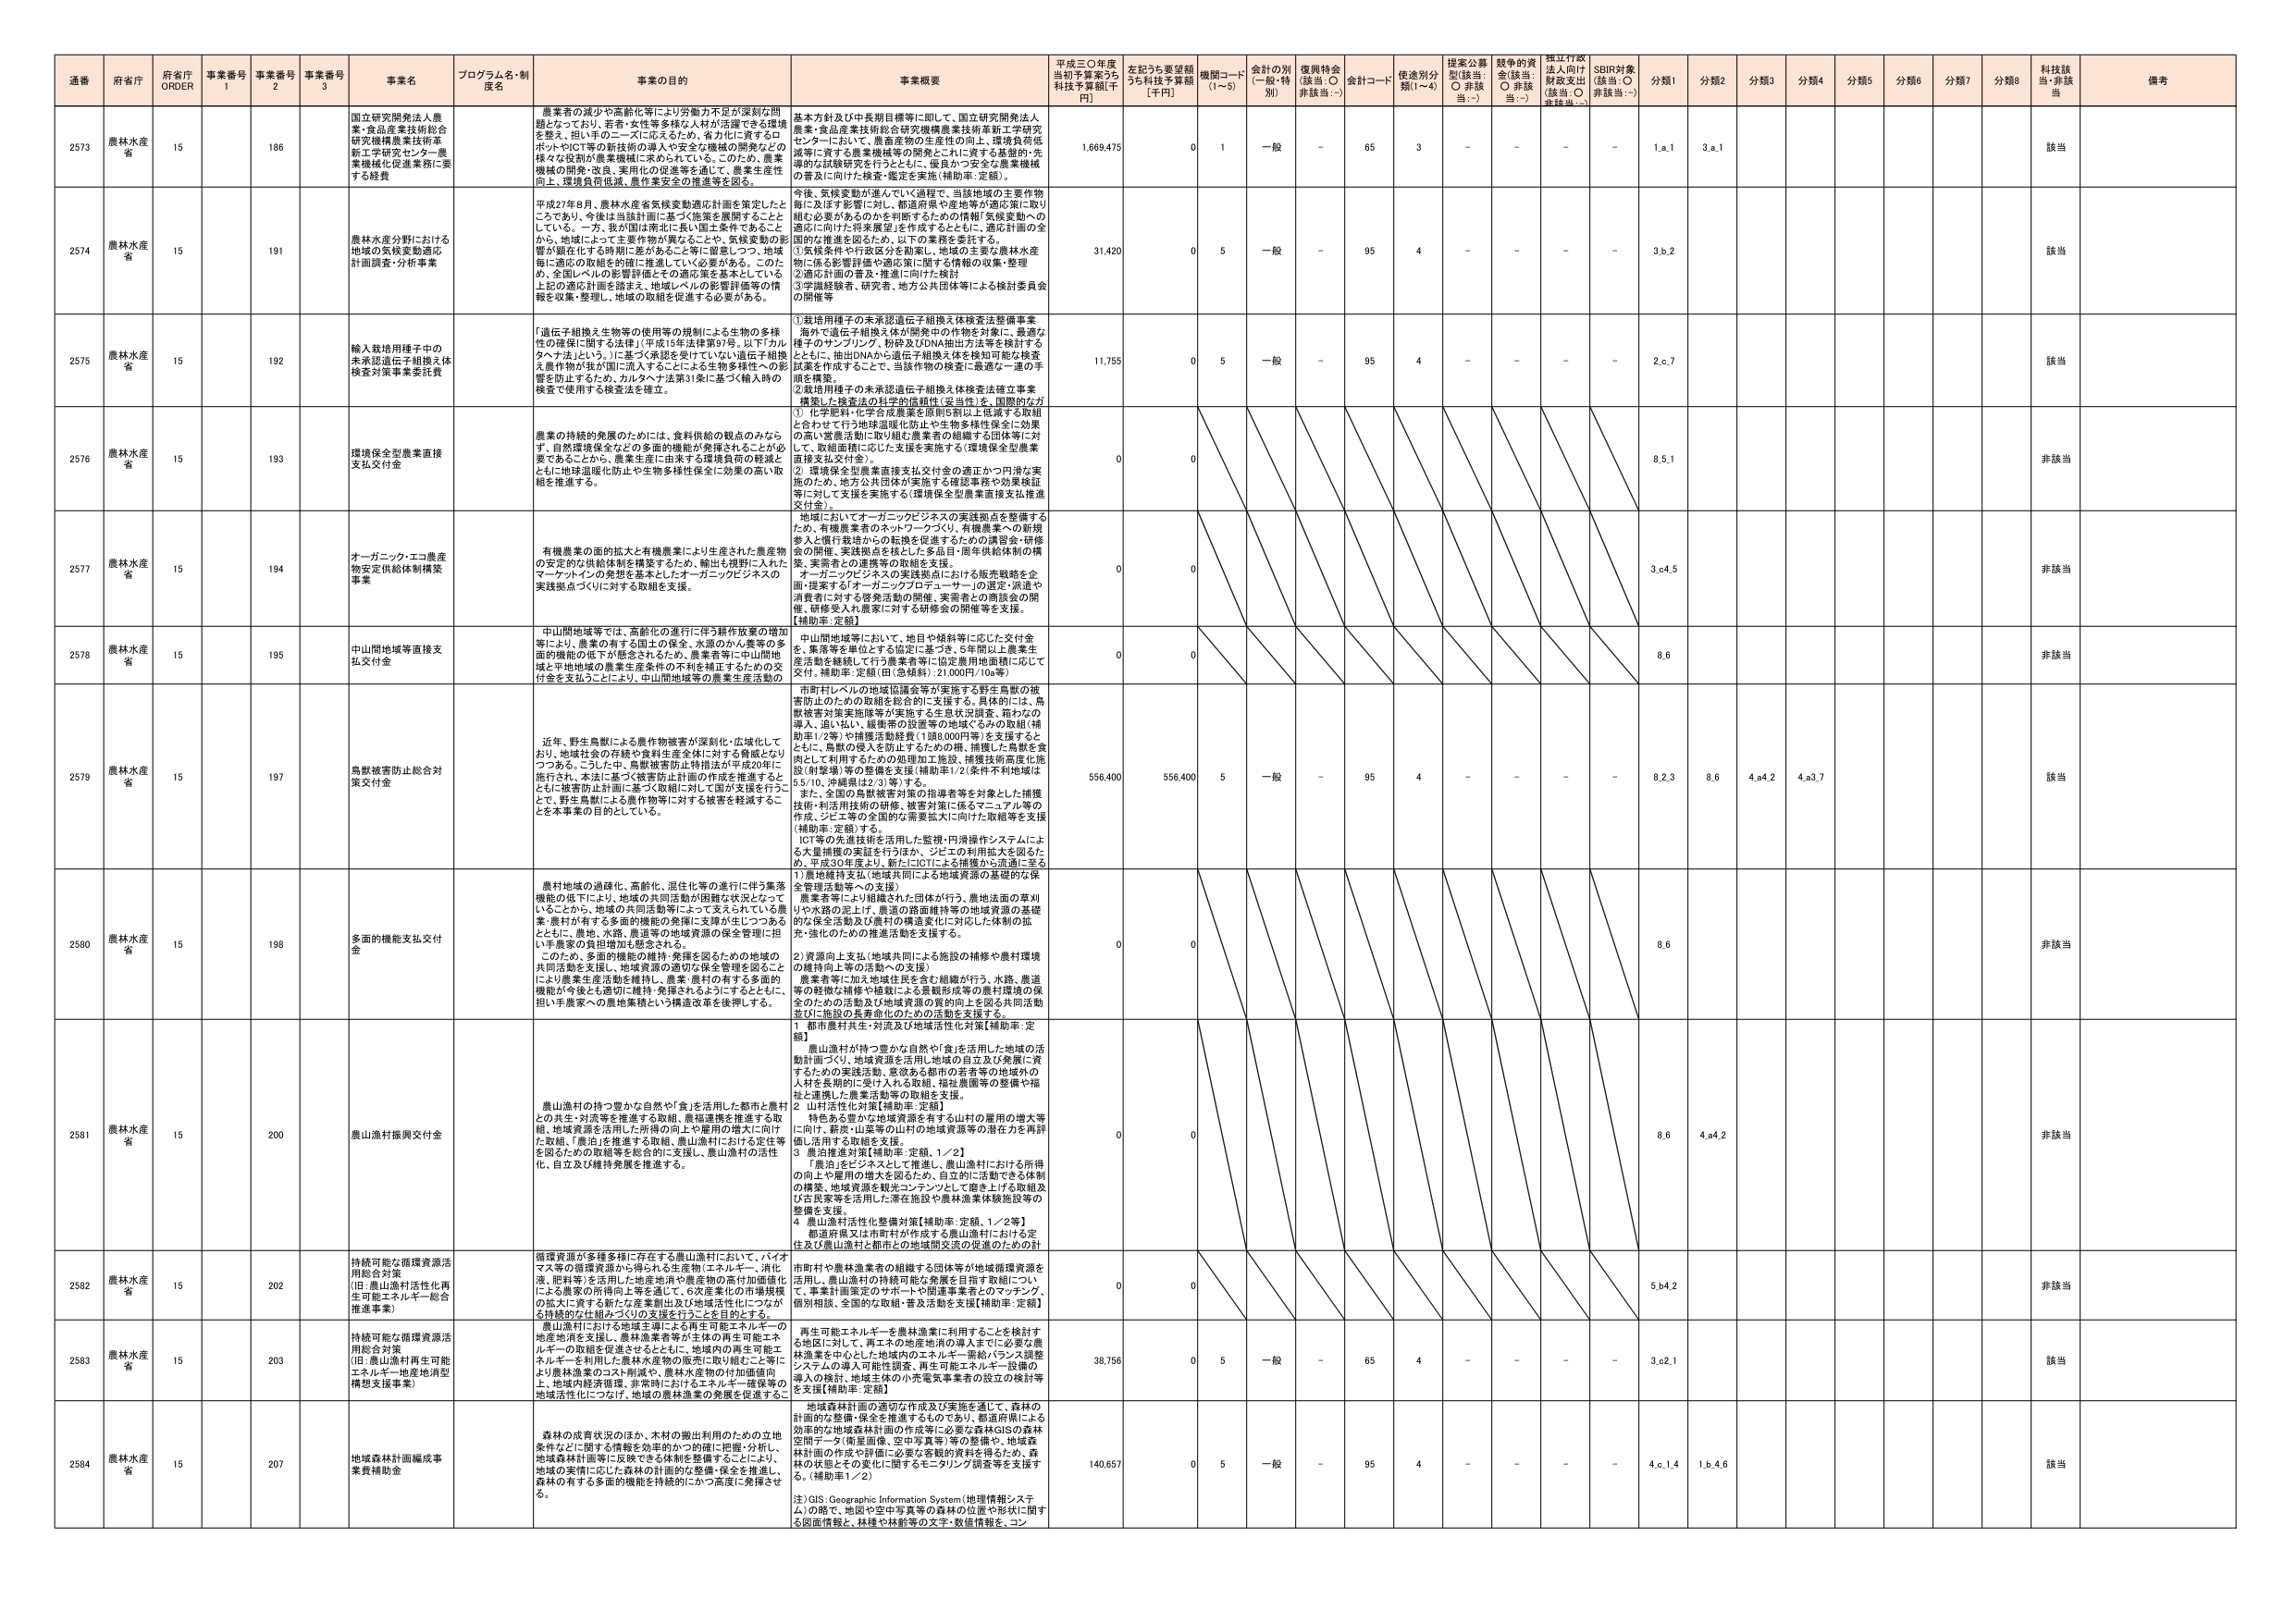
通番 府省庁 府省庁 ORDER 事業番号 1 事業番号 2 事業番号 3 事業名 プログラム名・制度名 事業の目的 事業概要 平成三〇年度当初予算案うち 科技予算額[千円] 左記うち要望額うち科技予算額 [千円] 機関コード (1～5) 会計の別 (一般・特別) 復興特会 (該当:○ 非該当:－) 会計コード 使途別分類(1～4) 提案公募型(該当:○ 非該当:－) 競争的資金(該当:○ 非該当:－) 指定行政法人向け財政支出(該当:○ 非該当:－) SDBR対象(該当:○ 非該当:－) 分類1 分類2 分類3 分類4 分類5 分類6 分類7 分類8 科技該当・非該当 備考

2573 農林水産省 15 186 国立研究開発法人農業・食品産業技術総合研究機構農業技術革新工学研究センター農業機械化促進業務に要する経費 農業者の減少や高齢化等により労働力不足が深刻な問題となっており、若者・女性等多様な人材が活躍できる環境を整え、担い手のニーズに応えるため、省力化に資するロボット・ICT等の新技術の導入や安全な機械の開発などの様々な役割が農業機械に求められている。このため、農業機械の開発・改良、実用化の促進等を通じて、農業生産性向上、環境負荷低減、農作業安全の推進等を図る。 基本方針及び中長期目標等に即して、国立研究開発法人農業・食品産業技術総合研究機構農業技術革新工学研究センターにおいて、農畜産物の生産性の向上、環境負荷低減等に資する農業機械等の開発とこれに資する基盤的・先導的な試験研究を行うとともに、優良かつ安全な農業機械の普及に向けた検査・鑑定を実施（補助率：定額）。 1,669,475 0 1 一般 － 65 3 － － － － 1.a.1 3.a.1 該当

2574 農林水産省 15 191 農林水産分野における地域の気候変動適応計画調査・分析事業 平成27年8月、農林水産省気候変動適応計画を策定したところであり、今後は当該計画に基づく施策を展開することしている。一方、我が国は南北に長く国土条件であることから、地域によって主要作物が異なることや、気候変動の影響が顕在化する時期・差があること等に留意しつつ、地域毎に適応の取組を的確に進むことが必要である。このため、全国レベルの影響評価とその適応策を基本としている上記の適応計画を踏まえ、地域レベルの影響評価等の情報を収集・整理し、地域の取組を促進する必要がある。 今後、気候変動が進んでいく過程で、当該地域の主要作物毎に及ぼす影響に対し、都道府県や産地等が適応策に取り組む必要があるのかを判断するための情報「気候変動への適応に向けた将来展望」を作成するとともに、適応計画の全国的な推進を図るため、以下の業務を委託する。 ①気候変化・行政区分を前提に、地域の主要な農林水産物に係る影響評価や適応策に関する情報の収集・整理 ②適応計画の普及・推進に向けた検討 ③学識経験者、研究者、地方公共団体等による検討委員会の開催等 31,420 0 5 一般 － 95 4 － － － － 3.b.2 該当

2575 農林水産省 15 192 輸入栽培用種子中の未承認遺伝子組換え体検査対策事業委託費 「遺伝子組換え生物等の使用等の規制による生物の多様性の確保に関する法律」（平成15年法律第97号。以下「カルタヘナ法」という。）に基づく承認を受けている「遺伝子組換え農作物が我が国に流入することによる生物多様性への影響を防止するため、カルタヘナ法第31条に基づく輸入時の検査で使用する検査法を確立。 ①栽培用種子の未承認遺伝子組換え体検査法整備事業 海外で遺伝子組換え体が開発中の作物を対象に、最適な種子のサンプリング、粉砕及びDNA抽出方法等を検討するとともに、抽出DNAから遺伝子組換え体を検知可能な検査法を作出することと、当該作物の検査に最適な一連の手順を構築。 ②栽培用種子の未承認遺伝子組換え体検査法確立事業 構築した検査法の科学的信頼性（妥当性）を、国際的なガ ① 化学肥料・化学合成農薬を原則5割以上低減する取組と合わせて行う地球温暖化防止や生物多様性保全に効果の高い営農活動に取り組む農業者の組織する団体等に対し、取組面積に応じた支援を実施する（環境保全型農業振興支払交付金）。 ② 環境保全型農業直接支払交付金の適正かつ円滑な実施のため、地方公共団体が実施する確認事務や効果検証等に対して支援を実施する（環境保全型農業直接支払推進交付金）。 11,755 0 5 一般 － 95 4 － － － － 2.c.7 該当

2576 農林水産省 15 193 環境保全型農業直接支払交付金 農業の持続的発展のためには、食料供給の観点のみならず、自然環境保全などの多面的機能が発揮されることが必要である。このため、農業生産に由来する環境負荷の軽減とともに地球温暖化防止や生物多様性保全に効果の高い取組を推進する。 ① 化学肥料・化学合成農薬を原則5割以上低減する取組と合わせて行う地球温暖化防止や生物多様性保全に効果の高い営農活動に取り組む農業者の組織する団体等に対し、取組面積に応じた支援を実施する（環境保全型農業振興支払交付金）。 ② 環境保全型農業直接支払交付金の適正かつ円滑な実施のため、地方公共団体が実施する確認事務や効果検証等に対して支援を実施する（環境保全型農業直接支払推進交付金）。 0 0 8.5.1 非該当

2577 農林水産省 15 194 オーガニック・エコ農産物安定供給体制構築事業 有機農業の面的拡大と有機農業により生産された農産物の安定的な供給体制を構築するため、輸出も視野に入れたマーケットインの発想に基づいたオーガニックビジネスの実践拠点づくりに対する取組を支援。 地域においてオーガニックビジネスの実践拠点を整備するため、有機農業者のネットワークづくり、有機農業への新規参入と慣行栽培からの転換を促進するための講習会・研修会の開催、実践拠点を核とした多品目・周年供給体制の構築、実需者との連携等の取組を支援。 オーガニックビジネスの実践拠点には行う販売戦略を企画・提案する「オーガニックプロデューサー」の選定・派遣や消費者に対する啓発活動の開催、実需者との商談会の開催、研修受入れ農家に対する研修会の開催等を支援。 【補助率：定額】 0 0 3.c.4.5 非該当

2578 農林水産省 15 195 中山間地域等直接支払交付金 中山間地域等では、高齢化の進行に伴う耕作放棄の増加等により、農業の有する国土の保全、水源のカバー等の多面的機能の低下が懸念されるため、農業者等に中山間地域・半地域域の農業生産条件の不利を補正するための交付金を支払うことにより、中山間地域等の農業生産活動の 中山間地域等において、地目や傾斜等に応じた交付金を、実需者等を介して5年以上農業生産活動を継続して行う農業者等に特定農用地面積に応じて交付。補助率：定額（旧：色紙料）：21,000円/10a等） 0 0 8.6 非該当

2579 農林水産省 15 197 鳥獣被害防止総合対策交付金 近年、野生鳥獣による農作物被害が深刻化・広域化しており、地域社会の存続や農林生産全体に対する脅威となりつつある。こうした中、鳥獣被害防止特措法が平成20年に施行され、本法に基づく被害防止計画の作成を推進するとともに被害防止計画に基づく取組に対して国が支援を行うことで、野生鳥獣による農作物等に対する被害を軽減することを本事業の目的としている。 市町村レベルの地域協議会等が実施する野生鳥獣の被害防止のための取組を総合的に支援する。具体的には、鳥獣被害対策実施隊等が実施する生息状況調査、箱わなの導入、追い払い、緩衝帯の設置等の地域ぐるみの取組（補助率1/2等）や捕獲活動経費（1頭8,000円等）を支援するとともに、鳥獣の侵入を防止するための柵、捕獲した鳥獣を食肉として利用するための処理加工施設、捕獲技術高度化施設（射撃場）等の整備を支援（補助率1/2。条件不利地域は5/10、沖縄県は2/3等）。 また、全国の鳥獣被害対策の指導者等を対象とした捕獲技術・利用技術の研修、被害対策に係るマニュアル等の作成、ジビエ等の全国的な需要拡大に向けた取組等を支援（補助率：定額）する。 ICT等の先進技術を活用した監視・円滑操作システムによる大量捕獲の実証を行うほか、ジビエの利用拡大を図るため、平成30年度より、新たにICTによる捕獲から流通に至る 556,400 556,400 5 一般 － 95 4 － － － － 8.2.3 8.6 4.a.4.2 4.a.3.7 該当

2580 農林水産省 15 198 多面的機能支払交付金 農村地域の過疎化、高齢化、混住化等の進行に伴う集落機能の低下により、地域の共同活動の困難な状況が生じていることから、地域の共同活動等によって支えられている農業・農村が有する多面的機能の発揮に支障が生じつつあるとともに、農地、水路、農道等の地域資源の保全管理に担い手農家の負担増加が懸念される。 このため、多面的機能の維持・発揮を図るための地域の共同活動を支援し、地域資源の適切な保全管理を図ることにより農業生産活動を維持し、農業・農村の有する多面的機能が今後とも適切に維持・発揮されるようにするとともに、担い手農家への農地集積という構造改革を後押しする。 1）農村維持支払（地域共同による地域資源の基礎的な保全管理活動等への支援） 農業者等により組織された団体が行う、農地法面の草刈りや水路の泥上げ、農道の路面維持等の地域資源の基礎的な保全活動及び農村の構造変化に対応した体制の拡充・強化のための推進活動を支援する。 2）資源向上支払（地域共同による施設の補修や農村環境の維持向上等の活動への支援） 農業者等に加え地域住民を含む組織が行う、水路、農道等の軽微な補修や植栽による景観形成等の農村環境の保全のための活動及び地域資源の質的向上を図る共同活動並びに施設の長寿命化のための活動を支援する。 0 0 8.6 非該当

2581 農林水産省 15 200 農山漁村振興交付金 農山漁村の持つ豊かな自然や「金」を活用した都市と農村との共生・対流等を推進する取組、農福連携を推進する取組、地域資源を活用した所得の向上や雇用の増大に向けた取組、「農泊」を推進する取組、農山漁村における定住等を図るための取組等を総合的に支援し、農山漁村の活性化、自立及び維持発展を推進する。 1 都市農村共生・対流及び地域活性化対策【補助率：定額】 農山漁村が持つ豊かな自然や「金」を活用した地域の活動計画づくり、地域資源を活用し地域の自立及び発展に資するための実践活動、意欲ある都市の若者等の地域外の人材を長期的に受け入れる取組、福祉農園等の整備や福祉と連携した農業活動等の取組を支援。 2 山村活性化対策【補助率：定額】 特色ある豊かな地域資源を有する山村の雇用の増大等に向け、薪炭・山菜等の山村の地域資源等の潜在力を再評価し活用する取組を支援。 3 農泊推進対策【補助率：定額、1／2】 「農泊」をビジネスとして推進し、農山漁村における所得の向上や雇用の増大を図るため、自立的に活動できる体制の構築、地域資源を観光コンテンツとして磨き上げる取組及び古民家等を活用した滞在施設や農林漁業体験施設等の整備を支援。 4 農山漁村活性化整備対策【補助率：定額、1／2等】 都道府県又は市町村が作成する農山漁村における定住及び農山漁村と都市との地域間交流の促進のための計 0 0 8.6 4.a.4.2 非該当

2582 農林水産省 15 202 持続可能な循環資源活用総合対策 （旧：農山漁村活性化再生エネルギー・総合推進事業） 循環資源が多種多様に存在する農山漁村において、バイオマス等の循環資源から得られる生産物（エネルギー、油化液、肥料等）を活用した地産地消や農産物の高付加価値化による農家の所得向上等を通じて、6次産業化の市場規模の拡大に資する新たな産業創出及び地域活性化につながる持続的な仕組みづくりの支援を行うことを目的とする。 市町村や農林漁業者の組織する団体等が地域循環資源を活用し、農山漁村の持続可能な発展を目指す取組について、事業計画策定のサポートや関連事業者とのマッチング、個別相談、全国的な取組・普及活動を支援【補助率：定額】 0 0 5.b.4.2 非該当

2583 農林水産省 15 203 持続可能な循環資源活用総合対策 （旧：農山漁村再生可能エネルギー・地産地消型構想支援事業） 農山漁村における地産地消エネルギーの地産地消を支援し、農林漁業者等が主体の再生可能エネルギーの取組を促進させるとともに、地域内の再生可能エネルギーを利用した農林水産物の販売に取り組むこと等により農林漁業のコスト削減や、農林水産物の付加価値向上、地域内経済循環、非都市におけるエネルギー確保等の地域活性化につなげ、地域の農林漁業の発展を促進するこ 再生可能エネルギーを農林漁業に利用することを検討する地区に対して、再エネの地産地消の導入等に必要な農林漁業者を中心とした地域内のエネルギー供給バランス調整システムの導入可能性調査、再生可能エネルギー設備の導入の検討、地域主体の小売電気事業者の設立の検討等を支援【補助率：定額】 38,756 0 5 一般 － 65 4 － － － － 3.c.2.1 該当

2584 農林水産省 15 207 地域森林計画編成事業費補助金 森林の成育状況のほか、木材の搬出利用のための立地条件などに関する情報を効率的かつ的確に把握・分析し、地域森林計画等に反映できる体制を整備することにより、地域の実情に応じた森林の計画的な整備・保全を推進し、森林の有する多面的機能を持続的にかつ高度に発揮させる。 地域森林計画の適切な作成及び実施を通して、森林の計画的な整備・保全を推進するものであり、都道府県による効果的な地域森林計画の作成等に必要な森林GISの森林空間データ（衛星画像、空中写真等）等の整備や、地域森林計画の作成や評価に必要な客観的資料を得るため、森林の状態とその変化に関するモニタリング調査等を支援する。（補助率1／2） 注）GIS：Geographic Information System（地理情報システム）の略で、地図や空中写真等の森林の位置や形状に関する図面情報と、林種や林齢等の文字・数値情報等、コン 140,657 0 5 一般 － 95 4 － － － － 4.c.1.4 1.b.4.6 該当